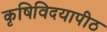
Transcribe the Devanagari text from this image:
कृषिविदयापीठ